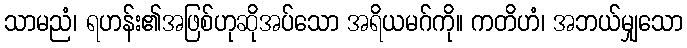
သာမညံ၊ ရဟန်း၏အဖြစ်ဟုဆိုအပ်သော အရိယမဂ်ကို။ ကတိဟံ၊ အဘယ်မျှသော